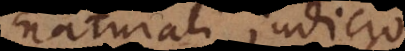
naturali judicio